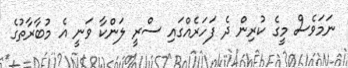
ނަމަވެސް މީގެ ކުރިން ދެ ފަހަރެއްގައި ސްރީ ލަންކާ ވަނީ އެ މުބާރާތުގެ